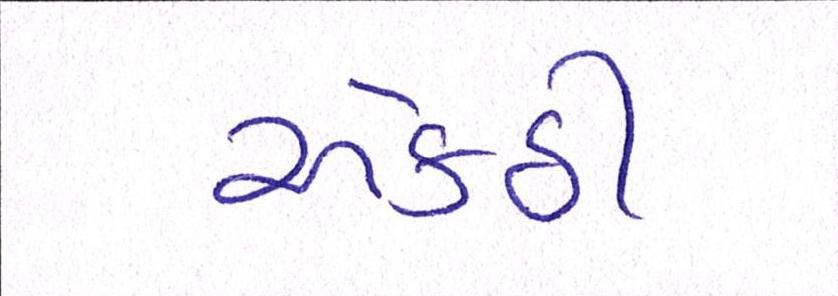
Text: એકઠી